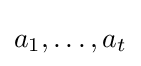
a_{1},\ldots ,a_{t}